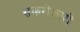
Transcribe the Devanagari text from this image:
सकरोकारों